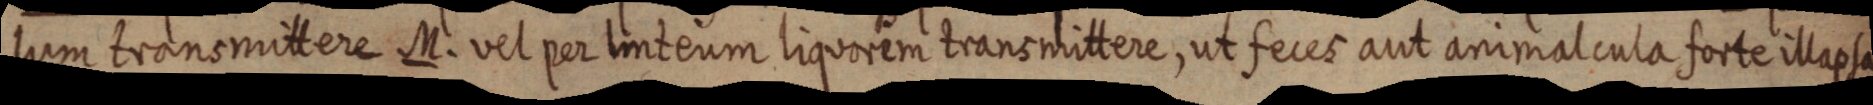
lum transmittere M. vel per linteum liquorem transmittere, ut feces aut animalcula forte illapsa